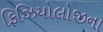
ફિઝિયોલોજીના